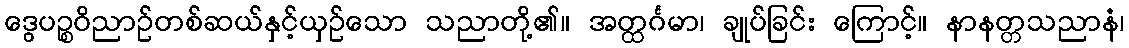
ဒွေပဉ္စဝိညာဉ်တစ်ဆယ်နှင့်ယှဉ်သော သညာတို့၏။ အတ္ထင်္ဂမာ၊ ချုပ်ခြင်း ကြောင့်။ နာနတ္တသညာနံ၊